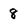
Character: 8